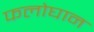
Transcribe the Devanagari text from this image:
फलोघान